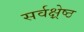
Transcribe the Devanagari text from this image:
सर्वक्ष्रेष्ठ